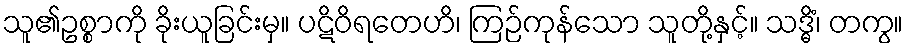
သူ၏ဥစ္စာကို ခိုးယူခြင်းမှ။ ပဋိဝိရတေဟိ၊ ကြဉ်ကုန်သော သူတို့နှင့်။ သဒ္ဓိံ၊ တကွ။